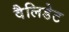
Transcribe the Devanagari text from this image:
वैलिडेट